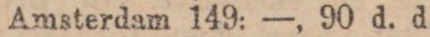
Amsterdam 149: —, 90 d. d.